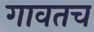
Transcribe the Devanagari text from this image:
गावतच